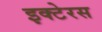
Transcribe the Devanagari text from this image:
इक्टेरस